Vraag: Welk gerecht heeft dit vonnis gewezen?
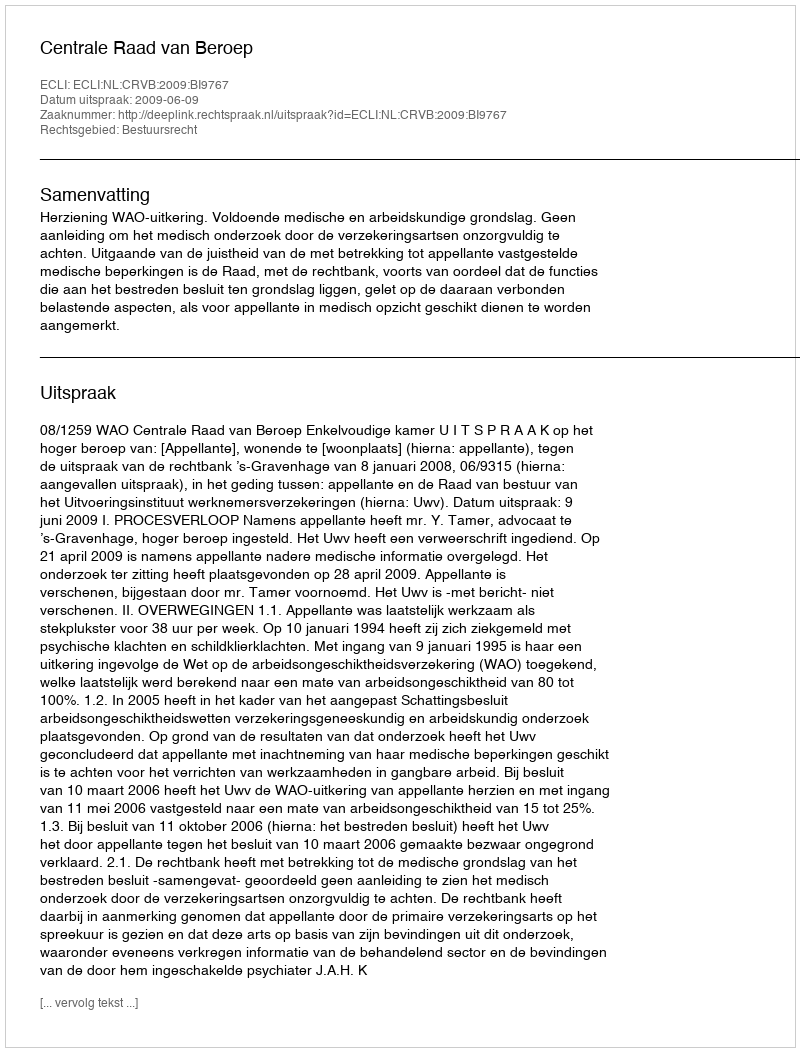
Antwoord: Centrale Raad van Beroep